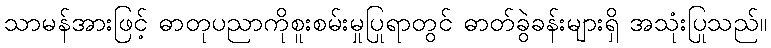
သာမန်အားဖြင့် ဓာတုပညာကိုစူးစမ်းမှုပြုရာတွင် ဓာတ်ခွဲခန်းများရှိ အသုံးပြုသည်။